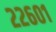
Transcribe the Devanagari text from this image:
२२६०१